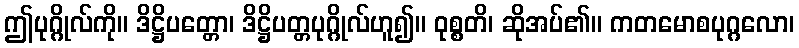
ဤပုဂ္ဂိုလ်ကို။ ဒိဋ္ဌိပတ္တော၊ ဒိဋ္ဌိပတ္တပုဂ္ဂိုလ်ဟူ၍။ ဝုစ္စတိ၊ ဆိုအပ်၏။ ကတမောစပုဂ္ဂလော၊